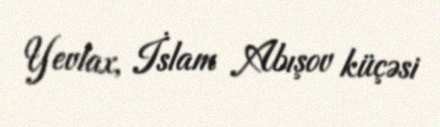
Yevlax, İslam Abışov küçəsi